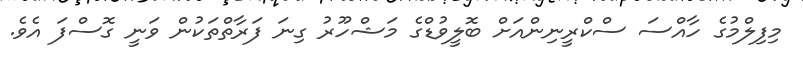
މިފިލްމުގެ ހާއްސަ ސްކްރީނިންއަށް ބޮލީވުޑްގެ މަޝްހޫރު ގިނަ ފަރާތްތަކުން ވަނީ ގޮސްފަ އެެވެ.